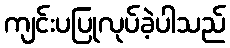
ကျင်းပပြုလုပ်ခဲ့ပါသည်